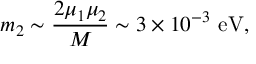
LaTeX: m _ { 2 } \sim { \frac { 2 \mu _ { 1 } \mu _ { 2 } } { M } } \sim 3 \times 1 0 ^ { - 3 } ~ \mathrm { e V } ,